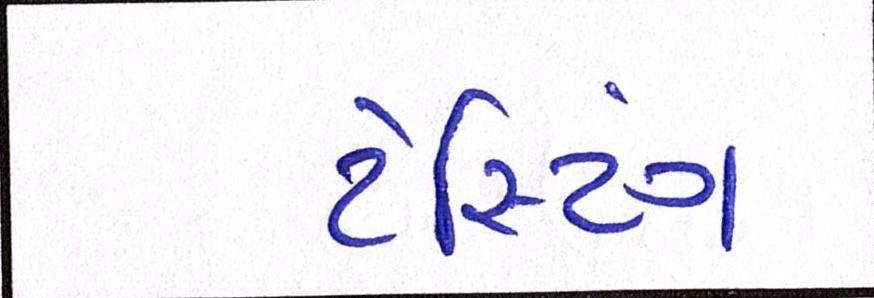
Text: ટેસ્ટિંગ